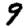
Digit: 9